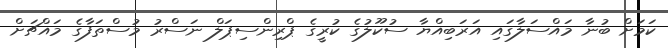
ކަމަށް ބުނާ މައްސަލާގައި އަރަބިއްޔާ ސުކޫލުގެ ކުރީގެ ޕްރިންސިޕަލް ނަސްރު މުސްތަފާގެ މައްޗަށް